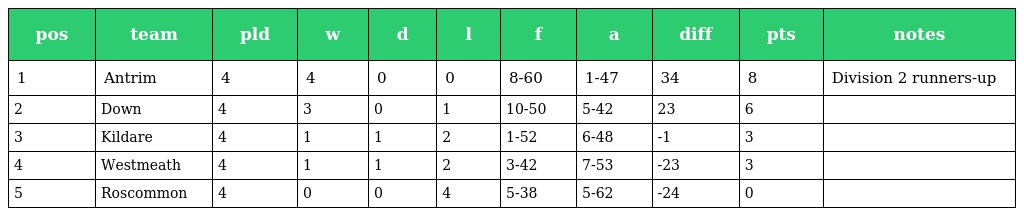
| pos | team | pld | w | d | l | f | a | diff | pts | notes |
 | --- | --- | --- | --- | --- | --- | --- | --- | --- | --- | --- |
 | 1 | Antrim | 4 | 4 | 0 | 0 | 8-60 | 1-47 | 34 | 8 | Division 2 runners-up |
 | 2 | Down | 4 | 3 | 0 | 1 | 10-50 | 5-42 | 23 | 6 |  |
 | 3 | Kildare | 4 | 1 | 1 | 2 | 1-52 | 6-48 | -1 | 3 |  |
 | 4 | Westmeath | 4 | 1 | 1 | 2 | 3-42 | 7-53 | -23 | 3 |  |
 | 5 | Roscommon | 4 | 0 | 0 | 4 | 5-38 | 5-62 | -24 | 0 |  |